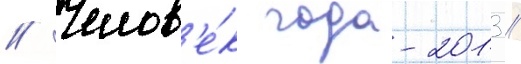
// Челов'е́к года-2013 //